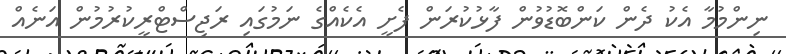
ނިންމުމާ އެކު ދެން ކަންބޮޑުވުން ފާޅުކުރަން ފެށީ އެކެއްްގެ ނަމުގައި ރަޖިސްޓްރީކުރުމުން އަނެއް